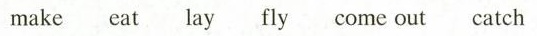
make eat lay fly come out catch